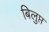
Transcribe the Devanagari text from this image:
बिलुप्त